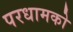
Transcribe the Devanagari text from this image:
परधामको